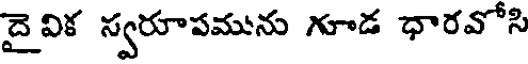
దైవిక స్వరూపమును గూడ ధారవోసి